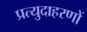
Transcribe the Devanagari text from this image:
प्रत्युदाहरणों